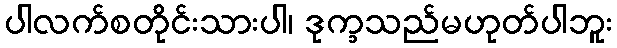
ပါလက်စတိုင်းသားပါ၊ ဒုက္ခသည်မဟုတ်ပါဘူး